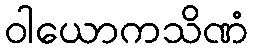
ဝါယောကသိဏံ